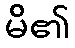
မိ၏